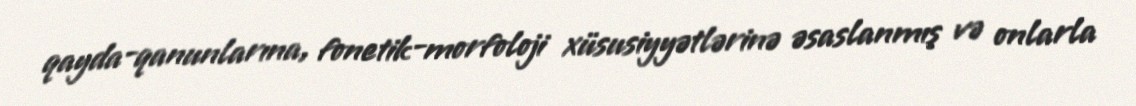
qayda-qanunlarına, fonetik-morfoloji xüsusiyyətlərinə əsaslanmış və onlarla